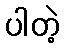
ပါတဲ့